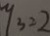
y _ { 3 } = 2